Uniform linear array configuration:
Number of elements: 24
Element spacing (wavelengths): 1
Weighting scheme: binomial
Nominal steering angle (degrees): -45
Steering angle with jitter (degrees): -43.16
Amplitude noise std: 0.05
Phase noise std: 0.05

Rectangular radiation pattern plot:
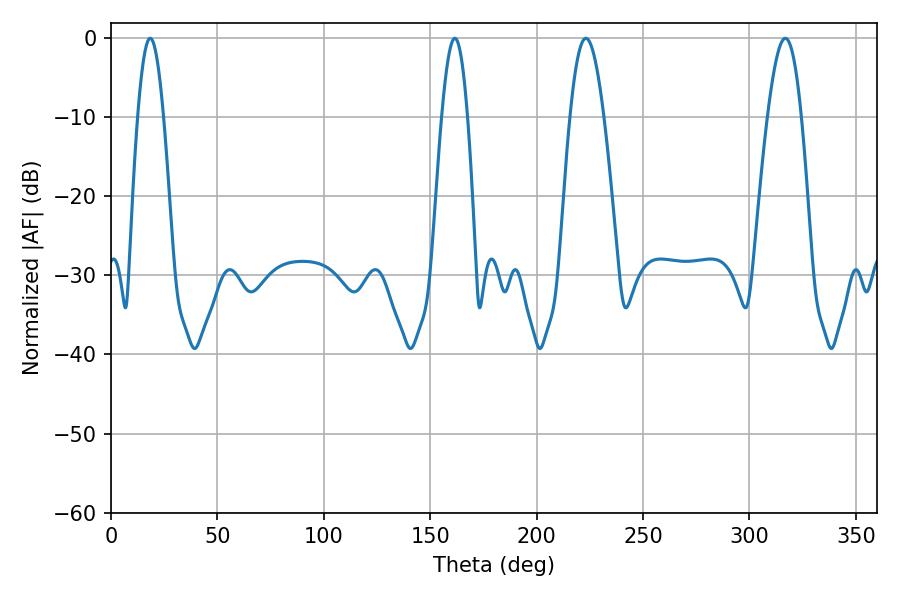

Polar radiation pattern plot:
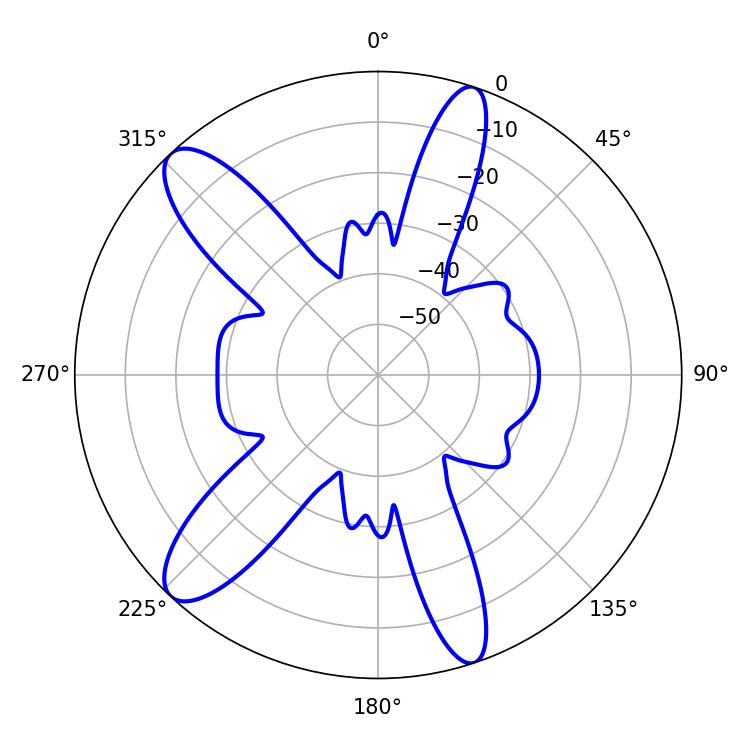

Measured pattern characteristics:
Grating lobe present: TRUE
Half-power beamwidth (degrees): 8.46
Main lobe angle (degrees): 223.2